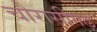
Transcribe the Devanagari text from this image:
चौरासीगढ़